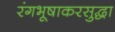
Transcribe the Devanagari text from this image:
रंगभूषाकरसुद्धा